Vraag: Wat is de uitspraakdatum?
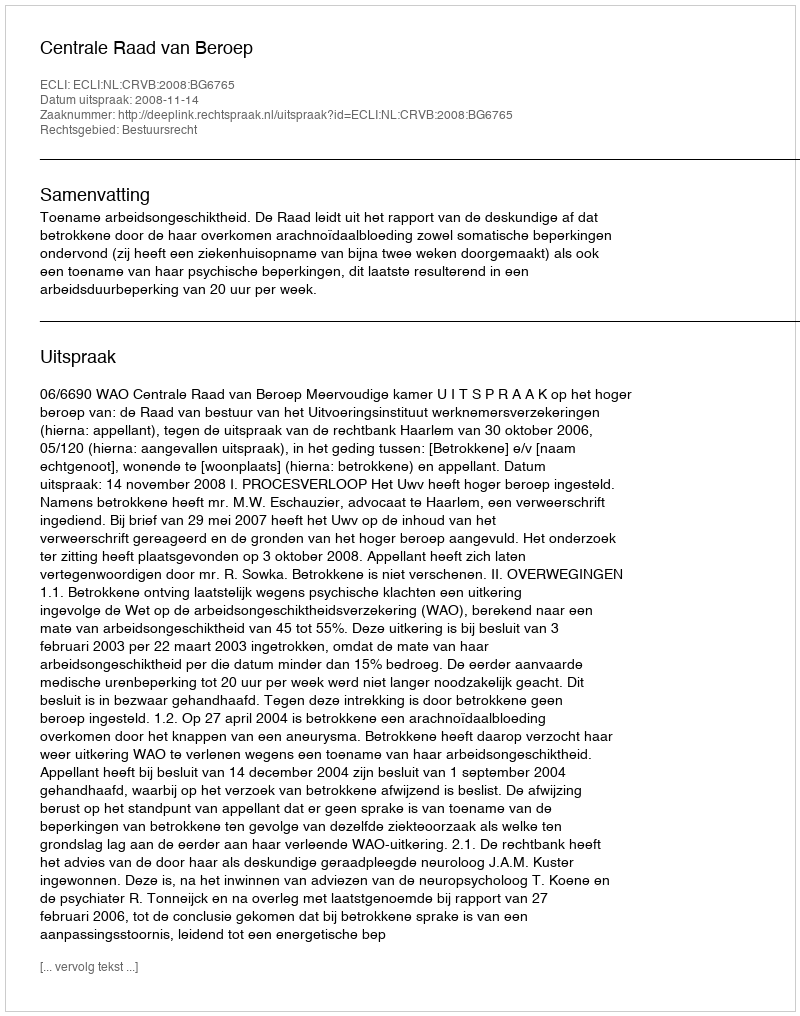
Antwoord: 2008-11-14